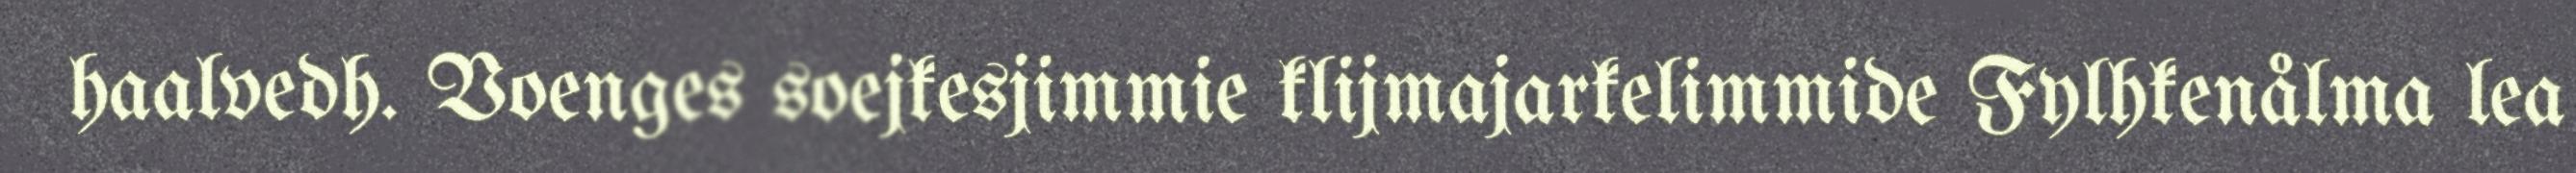
haalvedh. Voenges soejkesjimmie klijmajarkelimmide Fylhkenålma lea